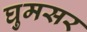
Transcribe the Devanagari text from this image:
घुमसर